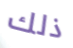
ذلك